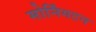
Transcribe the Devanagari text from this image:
मोर्निंगटन